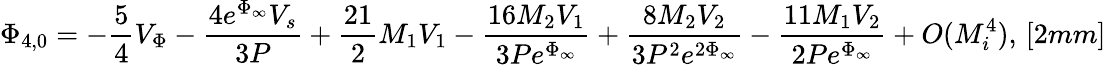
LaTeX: \Phi_{4,0}=-\frac{5}{4}V_{\Phi}-\frac{4e^{\Phi_{\infty}}V_{s}}{3P}+\frac{21}{2}M_{1}V_{1}-\frac{16M_{2}V_{1}}{3Pe^{\Phi_{\infty}}}+\frac{8M_{2}V_{2}}{3P^{2}e^{2\Phi_{\infty}}}-\frac{11M_{1}V_{2}}{2Pe^{\Phi_{\infty}}}+O(M_{i}^{4}),\, [2mm]